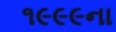
૧૯૯૯ના